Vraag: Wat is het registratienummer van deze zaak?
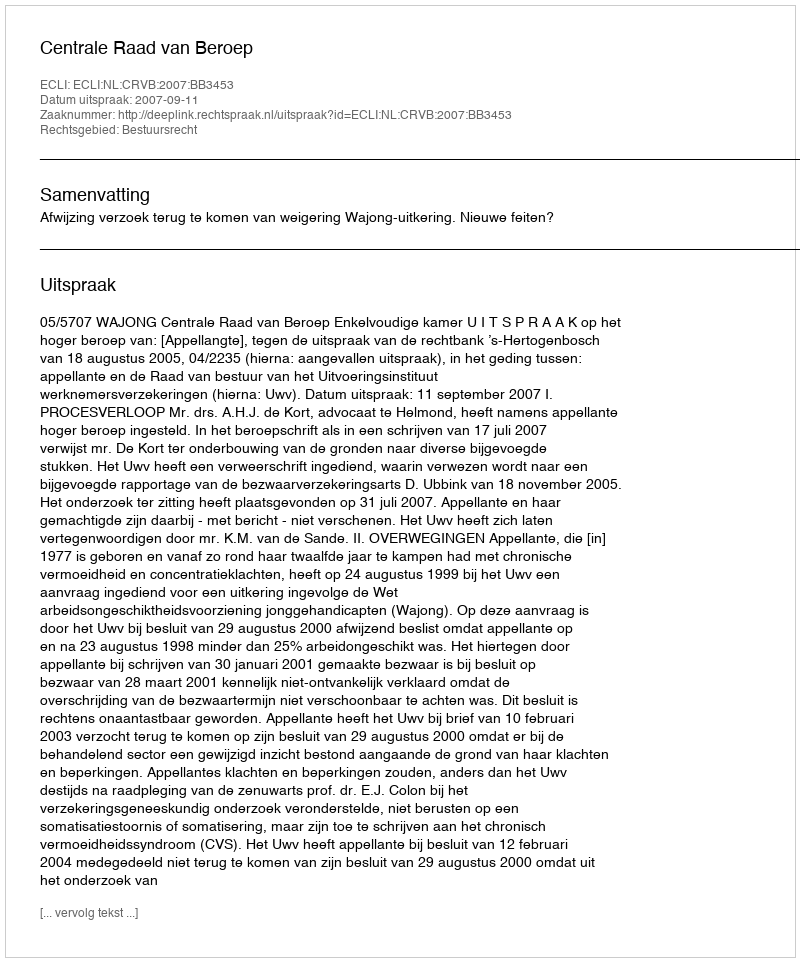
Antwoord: http://deeplink.rechtspraak.nl/uitspraak?id=ECLI:NL:CRVB:2007:BB3453